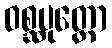
ဝစ္ဆပုတ္တော